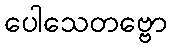
ပေါသေတဗ္ဗော